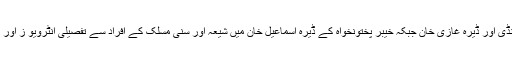
یہ رپورٹ صوبہ پنجاب کے شہر راولپنڈی اور ڈیرہ غازی خان جبکہ خیبر پختونخواہ کے ڈیرہ اسماعیل خان میں شیعہ اور سنی مسلک کے افراد سے تفصیلی انٹرویو ز اور بحث مباحثے کے بعد تیار کی گئی ہے۔